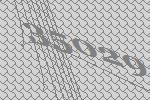
35029